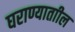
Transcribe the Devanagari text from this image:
घराण्याताील